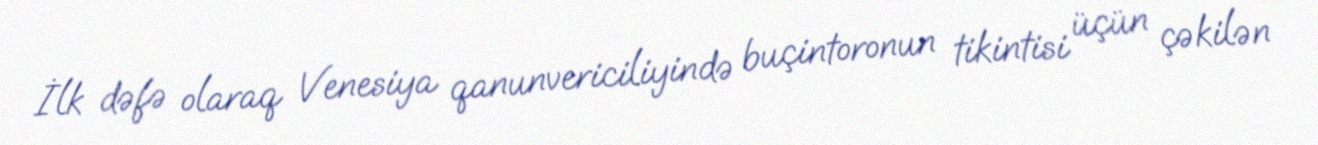
İlk dəfə olaraq Venesiya qanunvericiliyində buçintoronun tikintisi üçün çəkilən